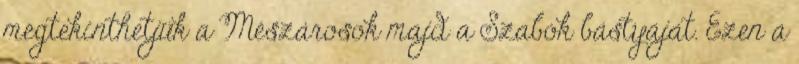
megtekinthetjük a Mészárosok majd a Szabók bástyáját. Ezen a